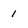
Character: 1